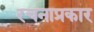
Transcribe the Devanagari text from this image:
रचनाप्रकार